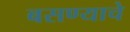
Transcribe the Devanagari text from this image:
बसण्याचे